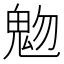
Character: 𩲐